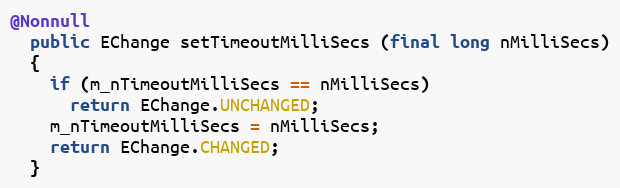
Language: Java
@Nonnull
  public EChange setTimeoutMilliSecs (final long nMilliSecs)
  {
    if (m_nTimeoutMilliSecs == nMilliSecs)
      return EChange.UNCHANGED;
    m_nTimeoutMilliSecs = nMilliSecs;
    return EChange.CHANGED;
  }